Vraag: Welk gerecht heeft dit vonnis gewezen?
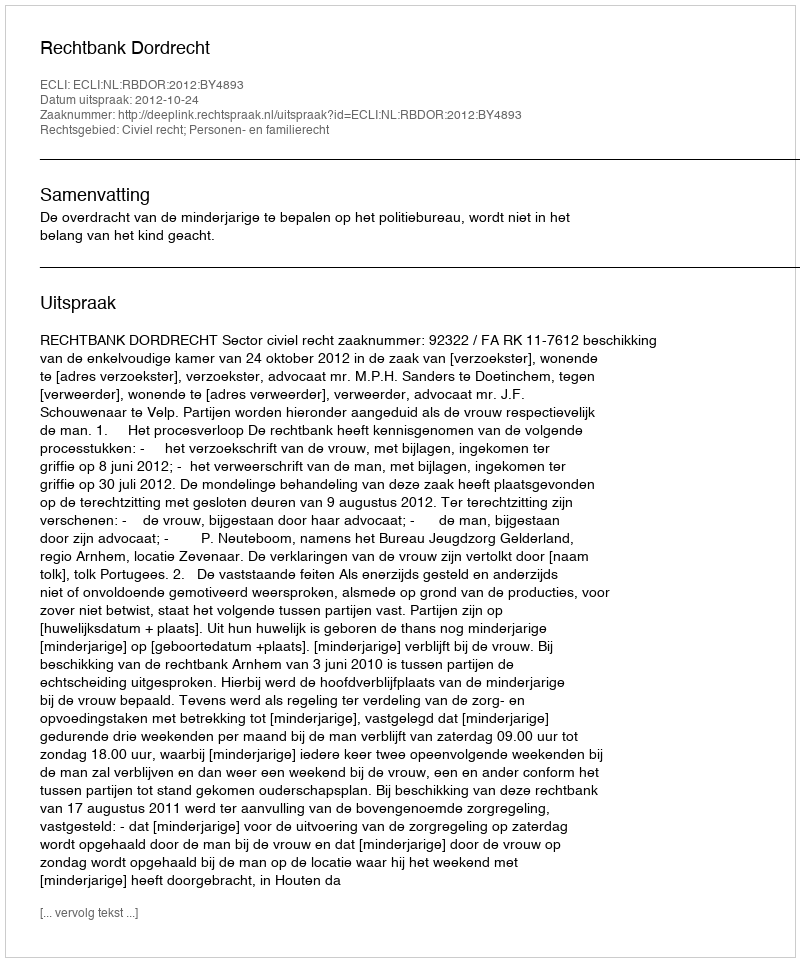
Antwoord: Rechtbank Dordrecht